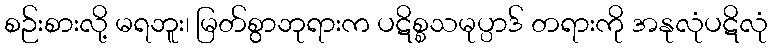
စဉ်းစားလို့ မရဘူး၊ မြတ်စွာဘုရားက ပဋိစ္စသမုပ္ပာဒ် တရားကို အနုလုံပဋိလုံ